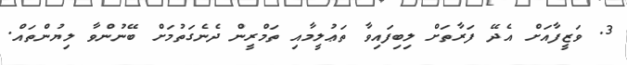
3. ވަޒީފާއަށް އެދޭ ފަރާތަށް ލިބިފައިވާ ތަޢުލީމާއި ތަމްރީން ދެނެގަތުމަށް ބޭނުންވާ ލިޔުންތައް.